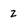
Character: 2